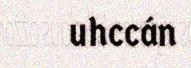
uhccán